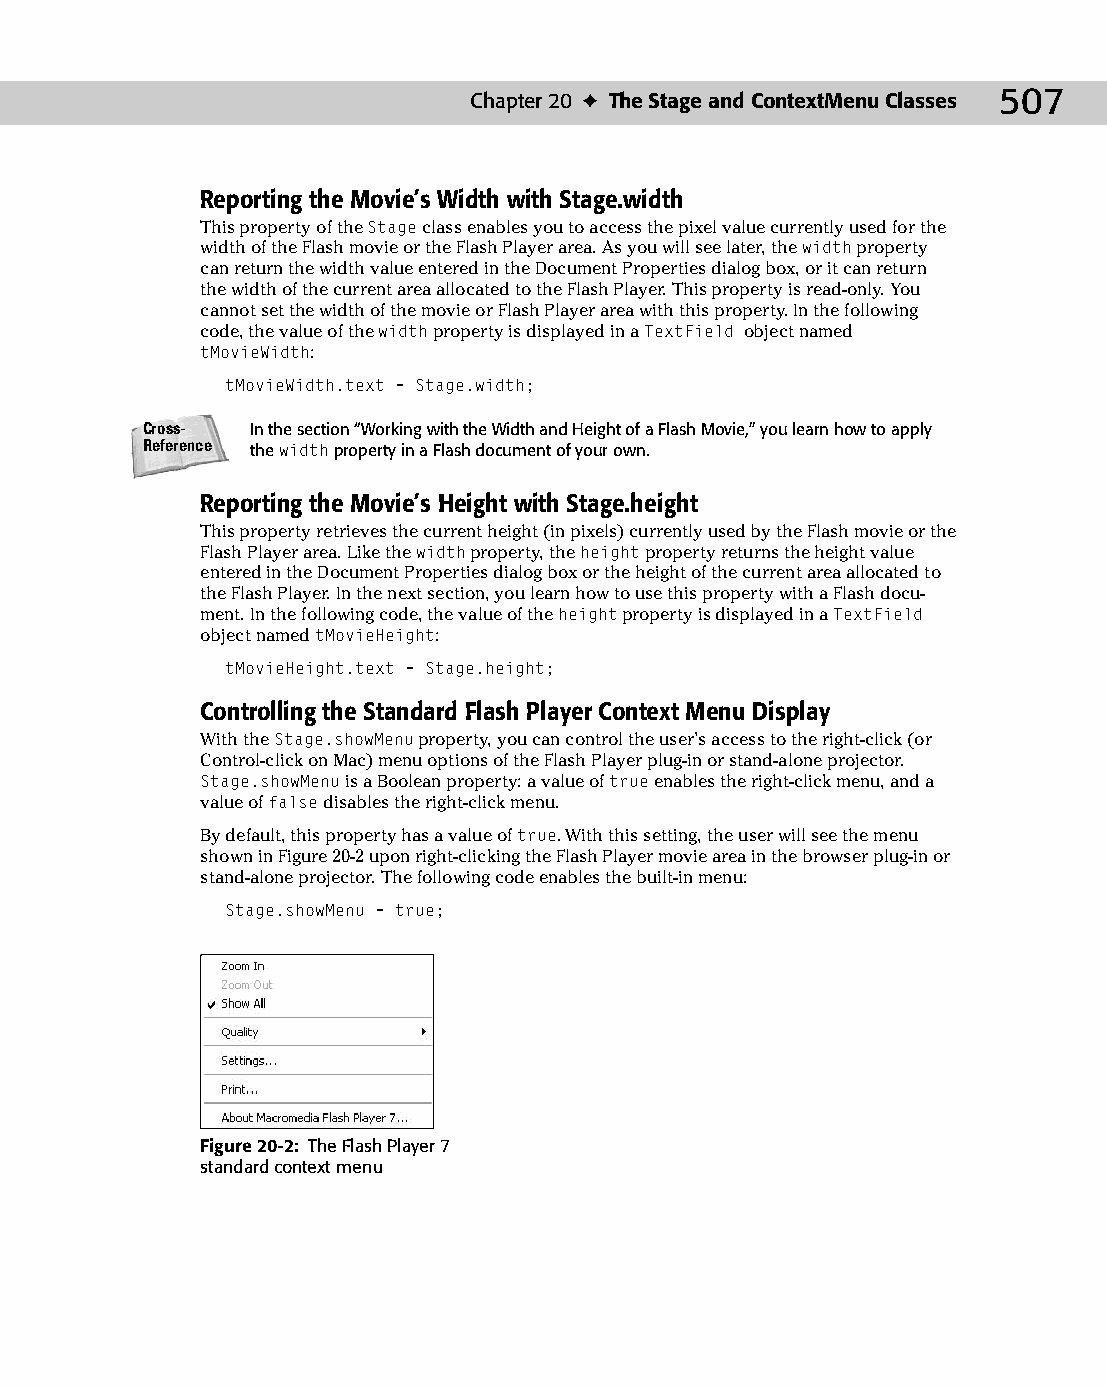
26 543547 ch20.qxd 3/24/04 4:10 PM Page 507
 Chapter 20 ✦ The Stage and ContextMenu Classes 507
 Reporting the Movie’s Width with Stage.width
 This property of the Stage class enables you to access the pixel value currently used for the
 width of the Flash movie or the Flash Player area. As you will see later, the width property
 can return the width value entered in the Document Properties dialog box, or it can return
 the width of the current area allocated to the Flash Player. This property is read-only. You
 cannot set the width of the movie or Flash Player area with this property. In the following
 code, the value of the width property is displayed in a TextField object named
 tMovieWidth:
 tMovieWidth.text = Stage.width;
 Cross-  In the section “Working with the Width and Height of a Flash Movie,” you learn how to apply
 Reference the width property in a Flash document of your own.
 Reporting the Movie’s Height with Stage.height
 This property retrieves the current height (in pixels) currently used by the Flash movie or the
 Flash Player area. Like the width property, the height property returns the height value
 entered in the Document Properties dialog box or the height of the current area allocated to
 the Flash Player. In the next section, you learn how to use this property with a Flash docu­
 ment. In the following code, the value of the height property is displayed in a TextField
 object named tMovieHeight:
 tMovieHeight.text = Stage.height;
 Controlling the Standard Flash Player Context Menu Display
 With the Stage.showMenu property, you can control the user’s access to the right-click (or
 Control-click on Mac) menu options of the Flash Player plug-in or stand-alone projector.
 Stage.showMenu is a Boolean property: a value of true enables the right-click menu, and a
 value of false disables the right-click menu.
 By default, this property has a value of true. With this setting, the user will see the menu
 shown in Figure 20-2 upon right-clicking the Flash Player movie area in the browser plug-in or
 stand-alone projector. The following code enables the built-in menu:
 Stage.showMenu = true;
 Figure 20-2: The Flash Player 7
 standard context menu